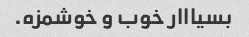
بسیااار خوب و خوشمزه.